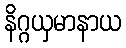
နိဂ္ဂယှမာနာယ